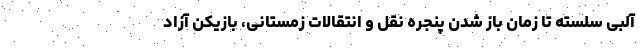
آلبی سلسته تا زمان باز شدن پنجره نقل و انتقالات زمستانی، بازیکن آزاد